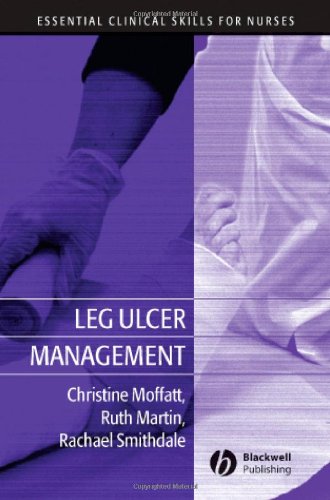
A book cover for Leg Ulcer Management; Christine Moffatt; Health, Fitness & Dieting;